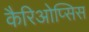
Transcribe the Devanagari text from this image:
कैरिओप्सिस